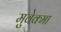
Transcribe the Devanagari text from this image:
मुवेक्मा